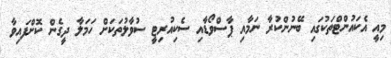
މިއީ އެކައުންޓްތަކުގައި ބޭނުންކުރާ ނަމާއި ޕާސްވޯޑާއި ސެކިއުރިޓީ ސުވާލުތަކަށް ހަމަލާ ދީގެން ކޮށްފައިވާ